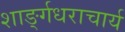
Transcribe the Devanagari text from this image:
शार्ङ्गधराचार्य